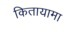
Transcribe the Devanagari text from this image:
कितायामा